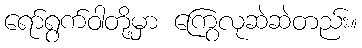
ရော်ရွက်ဝါတို့မှာ ကြွေလုဆဲဆဲတည်း။